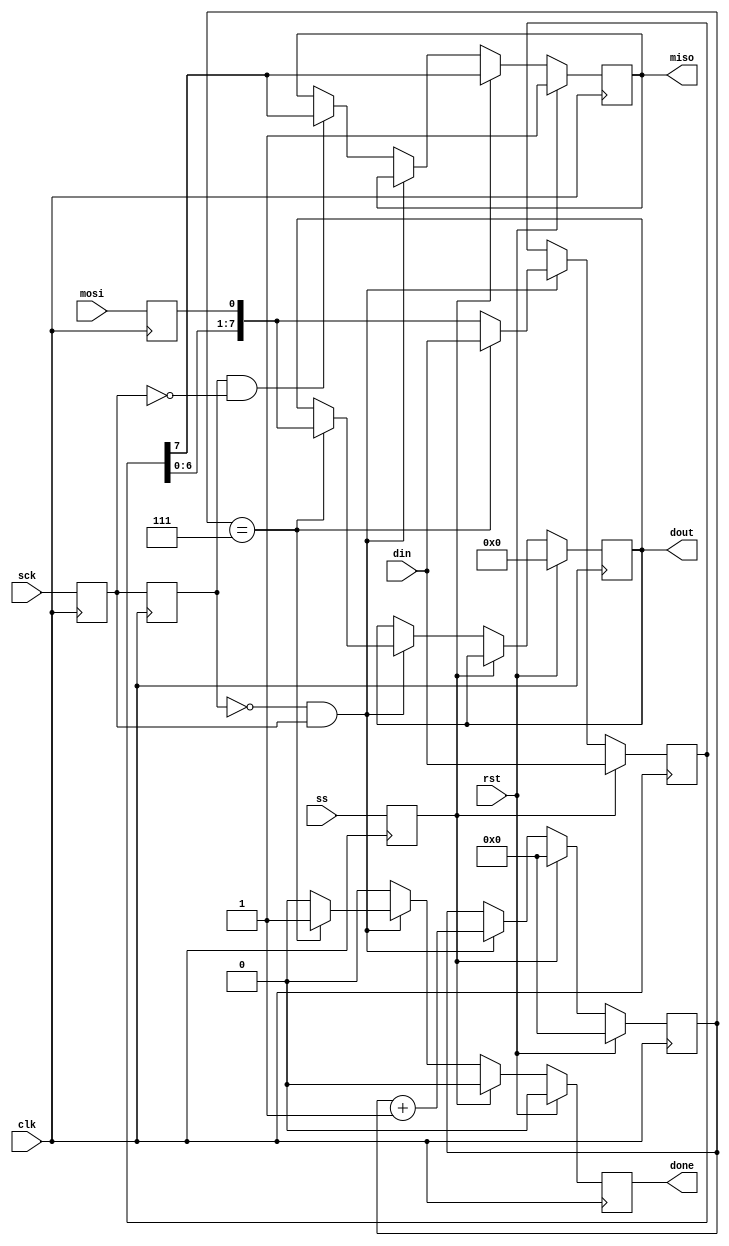
module spi_slave(input clk, input rst, input ss, input mosi, output miso, input sck, output done, input [bc-1:0] din, output [bc-1:0] dout);
parameter bc=8;	// bit count
parameter counter_bits = 6;
	
reg mosi_d, mosi_q;
reg ss_d, ss_q;
reg sck_d, sck_q;
reg sck_old_d, sck_old_q;
reg [bc-1:0] data_d, data_q;
reg done_d, done_q;
reg [counter_bits-1:0] bit_ct_d, bit_ct_q;
reg [bc-1:0] dout_d, dout_q;
reg miso_d, miso_q;

assign miso = miso_q;
assign done = done_q;
assign dout = dout_q;

always @(*) begin
	ss_d = ss;
	mosi_d = mosi;
	miso_d = miso_q;
	sck_d = sck;
	sck_old_d = sck_q;
	data_d = data_q;
	done_d = 1'b0;
	bit_ct_d = bit_ct_q;
	dout_d = dout_q;
	if (ss_q) begin	// if slave select is high (deselcted)
		bit_ct_d = 0; // reset bit counter
		data_d = din; // read in data
		miso_d = data_q[bc-1]; // output MSB
	end else begin // else slave select is low (selected)
		if (!sck_old_q && sck_q) begin // rising edge
			data_d = {data_q[bc-2:0], mosi_q}; // read data in and shift
			bit_ct_d = bit_ct_q + 1'b1; // increment the bit counter
			if (bit_ct_q == bc-1) begin // if we are on the last bit
				dout_d = {data_q[bc-2:0], mosi_q}; // output the byte
				done_d = 1'b1; // set transfer done flag
				data_d = din; // read in new byte
			end
		end else if (sck_old_q && !sck_q) begin // falling edge
			miso_d = data_q[bc-1]; // output MSB
		end
	end
end

always @(posedge clk) begin
	if (rst) begin
		done_q <= 1'b0;
		bit_ct_q <= 3'b0;
		dout_q <= 8'b0;
		miso_q <= 1'b1;
	end else begin
		done_q <= done_d;
		bit_ct_q <= bit_ct_d;
		dout_q <= dout_d;
		miso_q <= miso_d;
	end
	sck_q <= sck_d;
	mosi_q <= mosi_d;
	ss_q <= ss_d;
	data_q <= data_d;
	sck_old_q <= sck_old_d;
end
endmodule